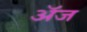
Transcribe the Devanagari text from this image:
अॅज